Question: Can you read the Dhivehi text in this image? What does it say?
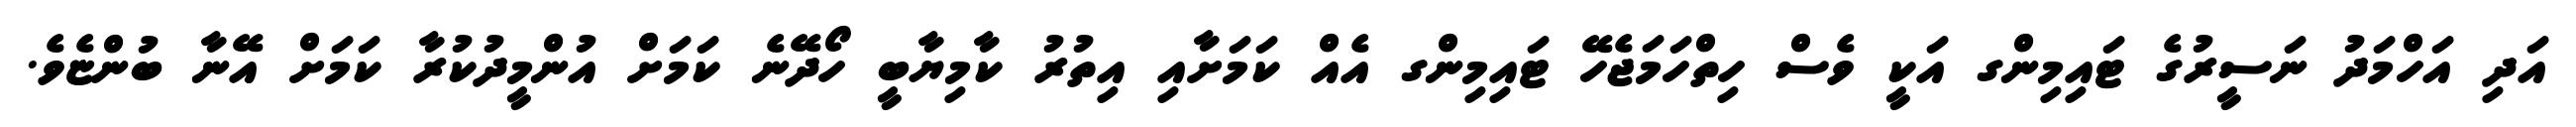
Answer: އަދި އަހްމަދު ނަސީރުގެ ޓައިމިންގ އަކީ ވެސް ހިތްހަމަޖެހޭ ޓައިމިންގ އެއް ކަމަށާއި އިތުރު ކާމިޔާބީ ހޯދޭނެ ކަމަށް އުންމީދުކުރާ ކަމަށް އޭނާ ބުންޏެވެ.